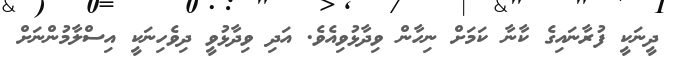
ދީނަކީ ފުރާނައިގެ ކާނާ ކަމަށް ނިހާން ވިދާޅުވިއެވެ. އަދި ވިދާޅުވީ ދިވެހިނަކީ އިސްލާމުންނަށް